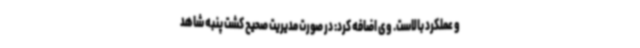
و عملکرد بالاست. وی اضافه کرد: در صورت مدیریت صحیح کشت پنبه شاهد